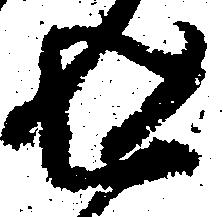
返